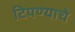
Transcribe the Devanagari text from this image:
टिपण्याचे